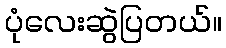
ပုံလေးဆွဲပြတယ်။